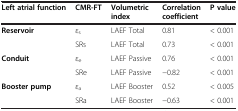
<table><thead><tr><td><b>Left atrial function</b></td><td><b>CMR-FT</b></td><td><b>Volumetric index</b></td><td><b>Correlation coefficient</b></td><td><b>P value</b></td></tr></thead><tbody><tr><td><b>Reservoir</b></td><td>?<sub>s</sub></td><td>LAEF Total</td><td>0.81</td><td>&lt; 0.001</td></tr><tr><td> </td><td>SRs</td><td>LAEF Total</td><td>0.73</td><td>&lt; 0.001</td></tr><tr><td><b>Conduit</b></td><td>?<sub>e</sub></td><td>LAEF Passive</td><td>0.76</td><td>&lt; 0.001</td></tr><tr><td> </td><td>SRe</td><td>LAEF Passive</td><td>?0.82</td><td>&lt; 0.001</td></tr><tr><td><b>Booster pump</b></td><td>?<sub>a</sub></td><td>LAEF Booster</td><td>0.52</td><td>&lt; 0.005</td></tr><tr><td> </td><td>SRa</td><td>LAEF Booster</td><td>?0.63</td><td>&lt; 0.001</td></tr></tbody></table>